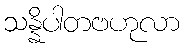
သန္နိပါတဗဟုလာ